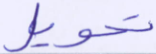
تحويل